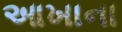
આખાના